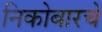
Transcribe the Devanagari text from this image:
निकोबारचे